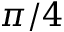
\pi / 4